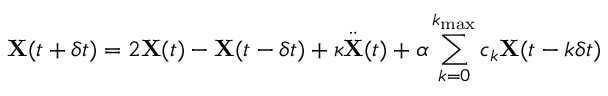
{ \bf X } ( t + \delta t ) = 2 { \bf X } ( t ) - { \bf X } ( t - \delta t ) + \kappa { \ddot { \bf X } } ( t ) + \alpha \sum _ { k = 0 } ^ { k _ { \mathrm { m a x } } } c _ { k } { \bf X } ( t - k \delta t )